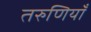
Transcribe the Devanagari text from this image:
तरुणियाँ